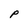
Character: P